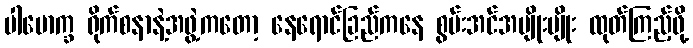
ပါမောက္ခ ရိုက်စနာနဲ့အဖွဲ့ကတော့ နေရောင်ခြည်ကနေ စွမ်းအင်အမျိုးမျိုး ထုတ်ကြည့်ဖို့